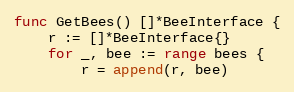
Language: Go
func GetBees() []*BeeInterface {
	r := []*BeeInterface{}
	for _, bee := range bees {
		r = append(r, bee)